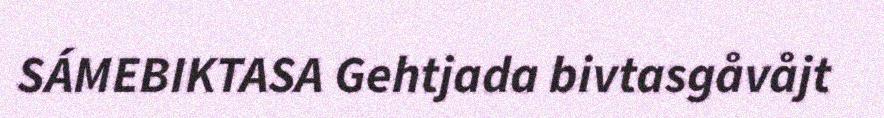
SÁMEBIKTASA Gehtjada bivtasgåvåjt